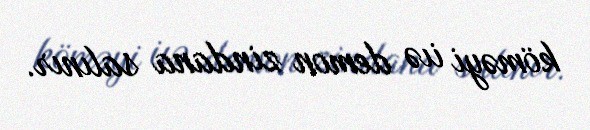
köməyi iıə demon zindana salınır.